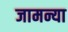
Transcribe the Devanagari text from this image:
जामन्या